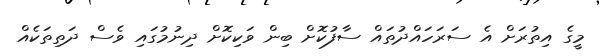
މީގެ އިތުރަށް އެ ސަރަހައްދުތައް ސާފުކޮށް ބިން ވަކިކޮށް ދިނުމުގައި ވެސް ދަތިތަކެއް